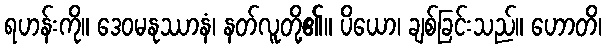
ရဟန်းကို။ ဒေဝမနုဿာနံ၊ နတ်လူတို့၏။ ပိယော၊ ချစ်ခြင်းသည်။ ဟောတိ၊